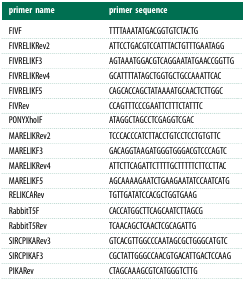
<table><thead><tr><td><b>primer name</b></td><td><b>primer sequence</b></td></tr></thead><tbody><tr><td>FIVF</td><td>TTTTAAATATGACGGTGTCTACTG</td></tr><tr><td>FIVRELIKRev2</td><td>ATTCCTGACGTCCATTTACTGTTTGAATAGG</td></tr><tr><td>FIVRELIKF3</td><td>AGTAAATGGACGTCAGGAATATGAACCGGTTG</td></tr><tr><td>FIVRELIKRev4</td><td>GCATTTTATAGCTGGTGCTGCCAAATTCAC</td></tr><tr><td>FIVRELIKF5</td><td>CAGCACCAGCTATAAAATGCAACTCTTGGC</td></tr><tr><td>FIVRev</td><td>CCAGTTTCCCGAATTCTTTCTATTTC</td></tr><tr><td>PONYXhoIF</td><td>ATAGGCTAGCCTCGAGGTCGAC</td></tr><tr><td>MARELIKRev2</td><td>TCCCACCCATCTTACCTGTCCTCCTGTGTTC</td></tr><tr><td>MARELIKF3</td><td>GACAGGTAAGATGGGTGGGACGTCCCAGTC</td></tr><tr><td>MARELIKRev4</td><td>ATTCTTCAGATTCTTTTGCTTTTTCTTCCTTAC</td></tr><tr><td>MARELIKF5</td><td>AGCAAAAGAATCTGAAGAATATCCAATCATG</td></tr><tr><td>RELIKCARev</td><td>TGTTGATATCCACGCTGGTGAAG</td></tr><tr><td>RabbitT5F</td><td>CACCATGGCTTCAGCAATCTTAGCG</td></tr><tr><td>RabbitT5Rev</td><td>TCAACAGCTCAACTCGCAGATTG</td></tr><tr><td>SIRCPIKARev3</td><td>GTCACGTTGGCCCAATAGCGCTGGGCATGTC</td></tr><tr><td>SIRCPIKAF3</td><td>CGCTATTGGGCCAACGTGACATTGACTCCAAG</td></tr><tr><td>PIKARev</td><td>CTAGCAAAGCGTCATGGGTCTTG</td></tr></tbody></table>